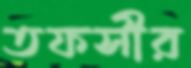
তফসীর